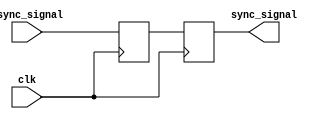
module dual_flip_flop_synchronizer (
    input wire clk,          // Clock input for the destination clock domain
    input wire async_signal, // Asynchronous input signal to be synchronized
    output reg sync_signal   // Synchronized output signal
);

    // Internal signals for the first flip-flop output
    reg ff1_output;

    // First D Flip-Flop
    always @(posedge clk) begin
        ff1_output <= async_signal; // Sample the asynchronous signal
    end

    // Second D Flip-Flop
    always @(posedge clk) begin
        sync_signal <= ff1_output; // Sample the output of the first flip-flop
    end

endmodule